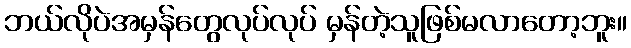
ဘယ်လိုပဲအမှန်တွေလုပ်လုပ် မှန်တဲ့သူဖြစ်မလာတော့ဘူး။